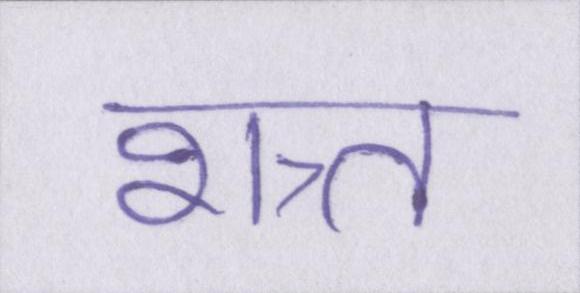
शत्र्त